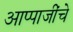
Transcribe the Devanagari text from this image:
आप्पाजींचे